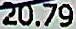
20.79